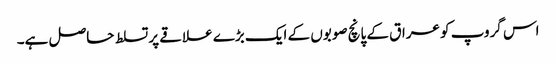
اس گروپ کو عراق کے پانچ صوبوں کے ایک بڑے علاقے پر تسلط حاصل ہے۔